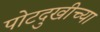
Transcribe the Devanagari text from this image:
पोटदुखीच्या